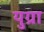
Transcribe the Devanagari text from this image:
युग्रा